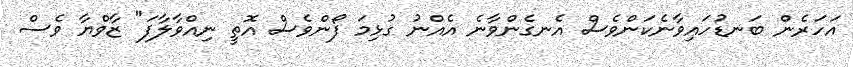
އަހަރެން ބަނޑުހައިވާނެކަންވެސް އެނގެންވާނެ އެއްނު ގުޅިމަ ފޯންވެސް އޮތީ ނިއްވާލާފަ" ޒާވްޔާ ވެސް